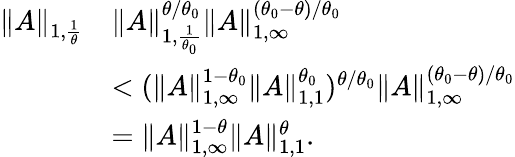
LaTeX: \begin{array}{rl}{\| A\| _{1,\frac{1}{\theta}}}&{\le\| A\| _{1,\frac{1}{\theta_{0}}}^{\theta/\theta_{0}}\| A\| _{1,\infty}^{(\theta_{0}-\theta)/\theta_{0}}}\\ &{<(\| A\| _{1,\infty}^{1-\theta_{0}}\| A\| _{1,1}^{\theta_{0}})^{\theta/\theta_{0}}\| A\| _{1,\infty}^{(\theta_{0}-\theta)/\theta_{0}}}\\ &{=\| A\| _{1,\infty}^{1-\theta}\| A\| _{1,1}^{\theta}.}\end{array}